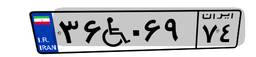
۵۴W۹۳۳۲۲